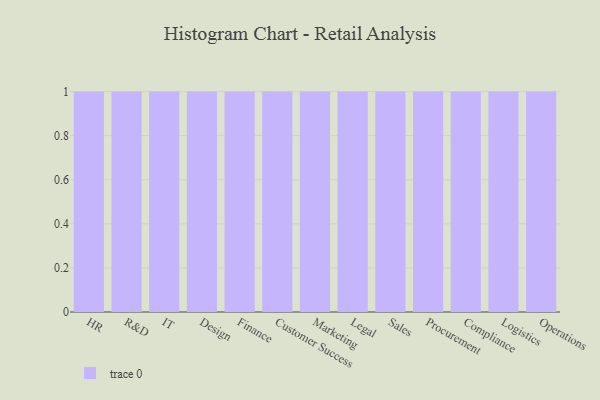
{"axis": {"x": "Department", "y": "Backlog"}, "legend": [""], "data": [{"x": "HR", "y": 17, "type": ""}, {"x": "R&D", "y": 86, "type": ""}, {"x": "IT", "y": 47, "type": ""}, {"x": "Design", "y": 54, "type": ""}, {"x": "Finance", "y": 68, "type": ""}, {"x": "Customer Success", "y": 25, "type": ""}, {"x": "Marketing", "y": 24, "type": ""}, {"x": "Legal", "y": 59, "type": ""}, {"x": "Sales", "y": 81, "type": ""}, {"x": "Procurement", "y": 73, "type": ""}, {"x": "Compliance", "y": 88, "type": ""}, {"x": "Logistics", "y": 73, "type": ""}, {"x": "Operations", "y": 59, "type": ""}]}